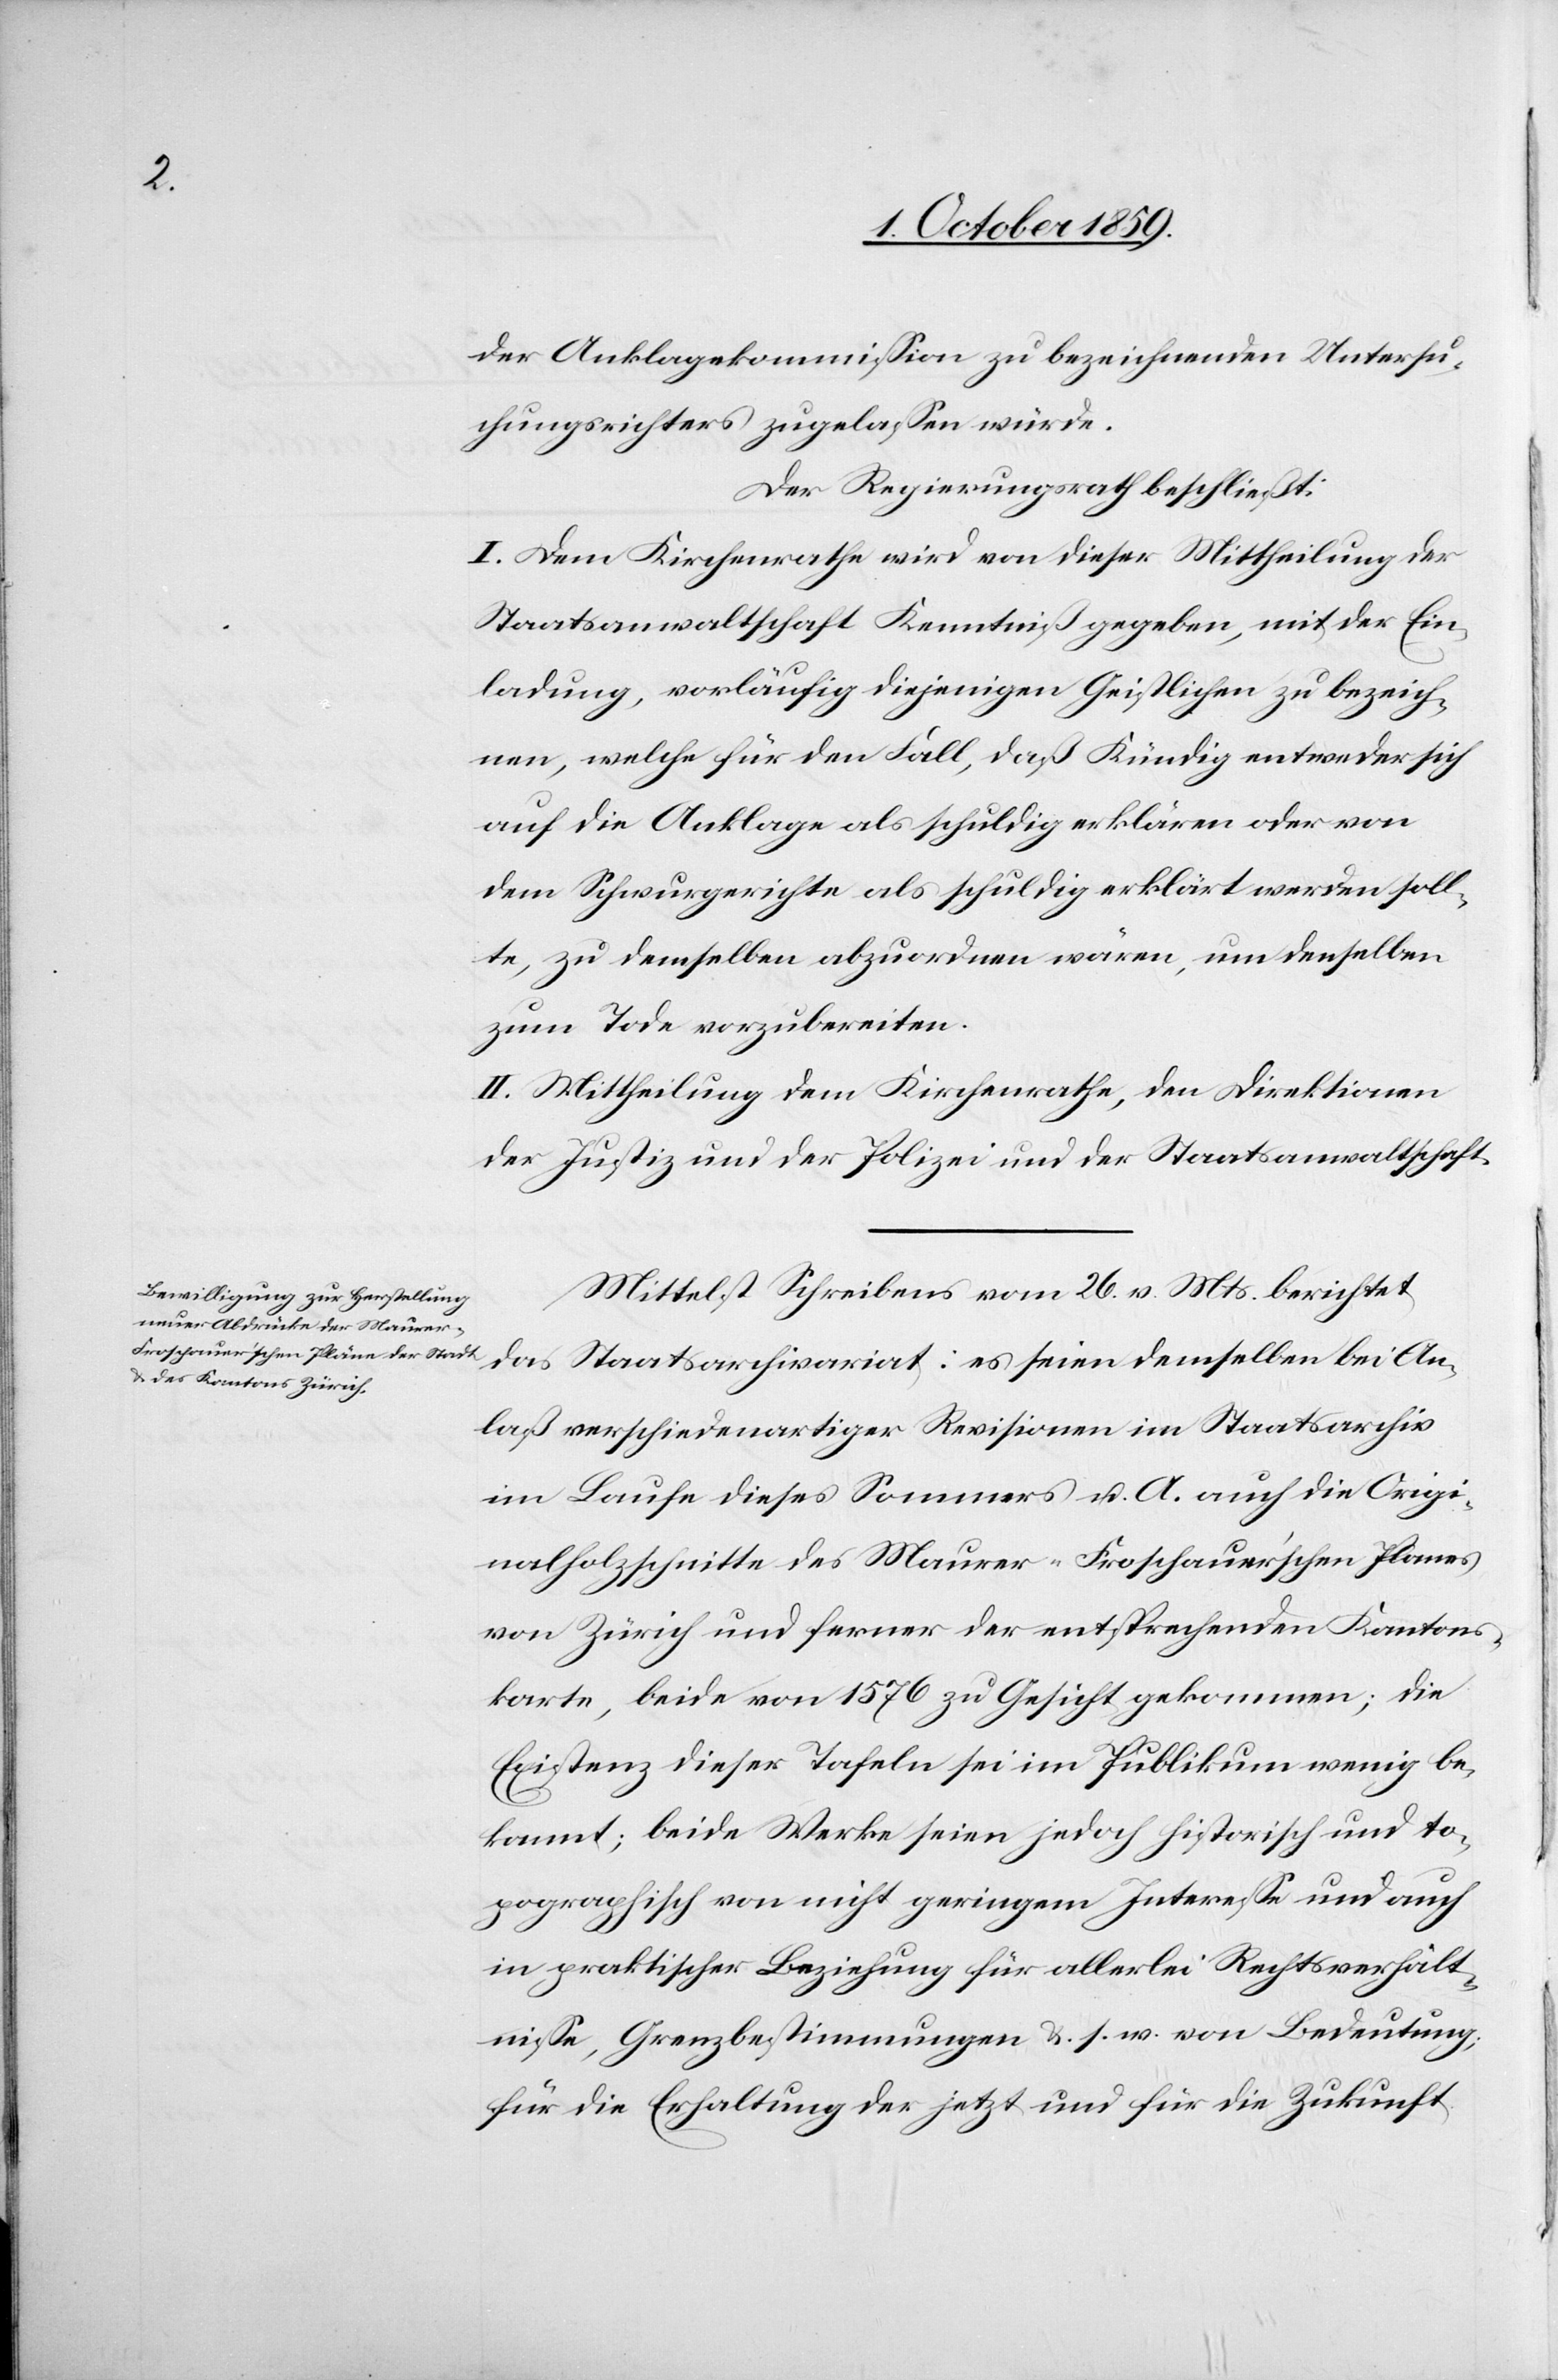
der Anklagekommission zu bezeichnenden Untersu¬
chungsrichters zugelassen würde.
Der Regierungsrath beschließt:
I. Dem Kirchenrathe wird von dieser Mittheilung der
Staatsanwaltschaft Kenntniß gegeben, mit der Ein¬
ladung, vorläufig diejenigen Geistlichen zu bezeich¬
nen, welche für den Fall, daß Kündig entweder sich
auf die Anklage als schuldig erklären oder von
dem Schwurgerichte als schuldig erklärt werden soll¬
te, zu demselben abzuordnen wären, um denselben
zum Tode vorzubereiten.
II. Mittheilung dem Kirchenrathe, den Direktionen
der Justiz und der Polizei und der Staatsanwaltschaft.
Mittelst Schreibens vom 26. v. Mts. berichtet
das Staatsarchivariat: es seien demselben bei An¬
laß verschiedenartiger Revisionen im Staatsarchiv
im Laufe dieses Sommers u. A. auf die Origi¬
nalholzschnitte des Maurer-Froschauer'schen Planes
von Zürich und ferner der entsprechenden Kantons¬
karte, beide von 1576 zu Gesicht gekommen; die
Existenz dieser Tafeln sei im Publikum wenig be¬
kannt; beide Werke seien jedoch historisch und to¬
pographisch von nicht geringem Interesse und auch
in praktischer Beziehung für allerlei Rechtsverhält¬
nisse, Grenzbestimmungen &. s. w. von Bedeutung;
für die Erhaltung der jetzt und für die Zukunft